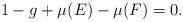
LaTeX: \begin{align*}1-g+\mu(E) - \mu(F) =0.\end{align*}